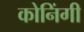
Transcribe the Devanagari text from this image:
कोनिंगी